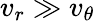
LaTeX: v_{r}\gg v_{\theta}